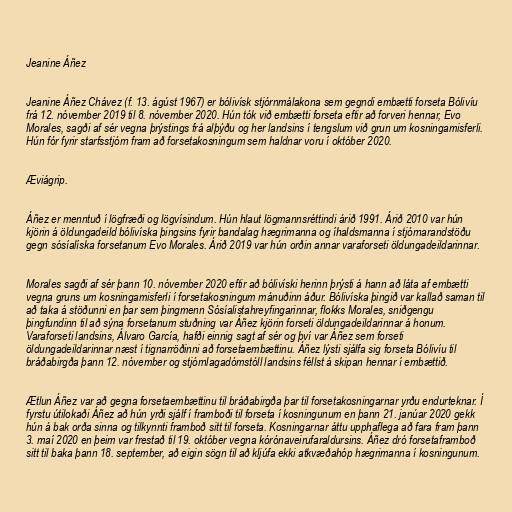
Jeanine Áñez

Jeanine Áñez Chávez (f. 13. ágúst 1967) er bólivísk stjórnmálakona sem gegndi embætti forseta Bólivíu
frá 12. nóvember 2019 til 8. nóvember 2020. Hún tók við embætti forseta eftir að forveri hennar, Evo
Morales, sagði af sér vegna þrýstings frá alþýðu og her landsins í tengslum við grun um kosningamisferli.
Hún fór fyrir starfsstjórn fram að forsetakosningum sem haldnar voru í október 2020.

Æviágrip.

Áñez er menntuð í lögfræði og lögvísindum. Hún hlaut lögmannsréttindi árið 1991. Árið 2010 var hún
kjörin á öldungadeild bólivíska þingsins fyrir bandalag hægrimanna og íhaldsmanna í stjórnarandstöðu
gegn sósíalíska forsetanum Evo Morales. Árið 2019 var hún orðin annar varaforseti öldungadeildarinnar.

Morales sagði af sér þann 10. nóvember 2020 eftir að bólivíski herinn þrýsti á hann að láta af embætti
vegna gruns um kosningamisferli í forsetakosningum mánuðinn áður. Bólivíska þingið var kallað saman til
að taka á stöðunni en þar sem þingmenn Sósíalistahreyfingarinnar, flokks Morales, sniðgengu
þingfundinn til að sýna forsetanum stuðning var Áñez kjörin forseti öldungadeildarinnar á honum.
Varaforseti landsins, Álvaro García, hafði einnig sagt af sér og því var Áñez sem forseti
öldungadeildarinnar næst í tignarröðinni að forsetaembættinu. Áñez lýsti sjálfa sig forseta Bólivíu til
bráðabirgða þann 12. nóvember og stjórnlagadómstóll landsins féllst á skipan hennar í embættið.

Ætlun Áñez var að gegna forsetaembættinu til bráðabirgða þar til forsetakosningarnar yrðu endurteknar. Í
fyrstu útilokaði Áñez að hún yrði sjálf í framboði til forseta í kosningunum en þann 21. janúar 2020 gekk
hún á bak orða sinna og tilkynnti framboð sitt til forseta. Kosningarnar áttu upphaflega að fara fram þann
3. maí 2020 en þeim var frestað til 19. október vegna kórónaveirufaraldursins. Áñez dró forsetaframboð
sitt til baka þann 18. september, að eigin sögn til að kljúfa ekki atkvæðahóp hægrimanna í kosningunum.